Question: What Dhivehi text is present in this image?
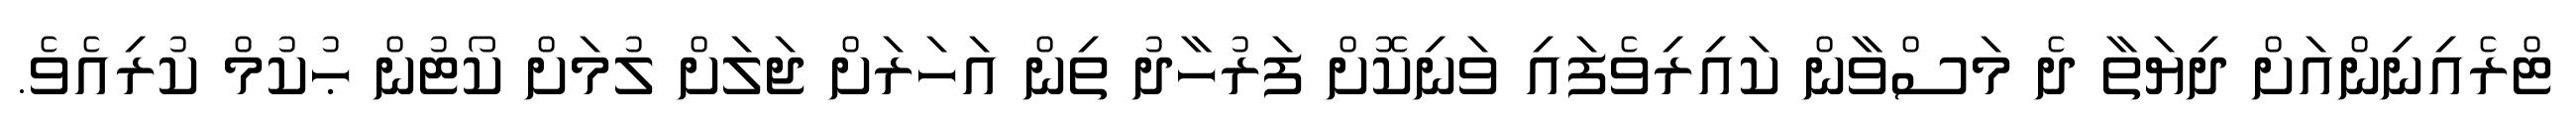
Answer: ޓްރެއިނިންއަށް ދިޔަތާ ދެ މަސްވާން ކައިރިވެފައި ވަނިކޮށް ފަރުހާދު ތިން އަހަރަށް ޖަލަށް ލުމަށް ކޯޓުން ޙުކުމް ކުރިއެވެ.